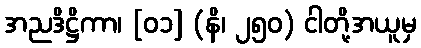
အညဒိဋ္ဌိကာ၊ [၀၁] (နိ၊ ၂၅၀) ငါတို့အယူမှ